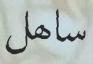
ساھل